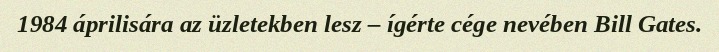
1984 áprilisára az üzletekben lesz – ígérte cége nevében Bill Gates.